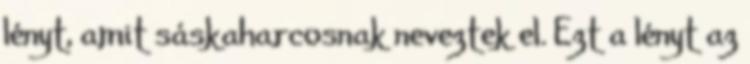
lényt, amit sáskaharcosnak neveztek el. Ezt a lényt az